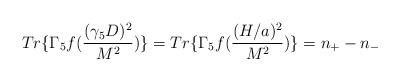
LaTeX: \begin{align*}Tr\{\Gamma_{5}f(\frac{(\gamma_{5}D)^{2}}{M^{2}})\}=Tr\{\Gamma_{5}f(\frac{(H/a)^{2}}{M^{2}})\}=n_{+} - n_{-}\end{align*}